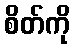
စိတ်ကို